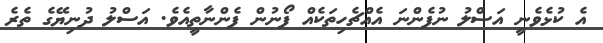
އެ ކުޅެވެނީ އަސްލު ނުފެންނަ އެއްޗެހިތަކެއް ފޯނުން ފެންނާތީއެވެ. އަސްލު ދުނިޔޭގެ ތެރެ